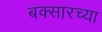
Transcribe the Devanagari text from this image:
बक्सारच्या